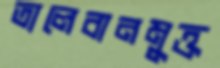
তালেবানমুক্ত